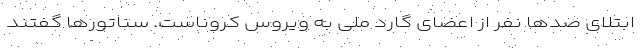
ابتلای صدها نفر از اعضای گارد ملی به ویروس کروناست. سناتورها گفتند